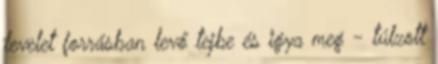
levelet forrásban levő tejbe és igya meg - túlzott